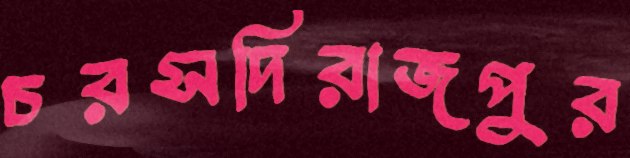
চরসদিরাজপুর